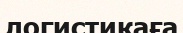
логистикаға